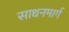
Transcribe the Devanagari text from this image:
साधनमार्ग